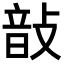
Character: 𢾑